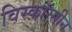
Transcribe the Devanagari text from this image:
विस्कॉन्सीन